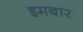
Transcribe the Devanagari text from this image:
इमबार